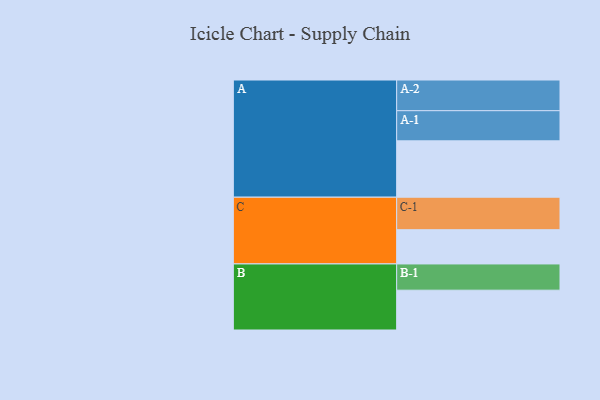
{"axis": {"x": "Segment", "y": "Value"}, "legend": ["", "A", "B", "C"], "data": [{"x": "A", "y": 507, "type": ""}, {"x": "B", "y": 358, "type": ""}, {"x": "C", "y": 308, "type": ""}, {"x": "A-1", "y": 271, "type": "A"}, {"x": "A-2", "y": 276, "type": "A"}, {"x": "B-1", "y": 236, "type": "B"}, {"x": "C-1", "y": 292, "type": "C"}]}